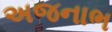
અજનાભ